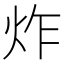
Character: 炸